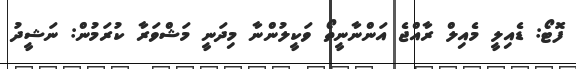
ފޮޓޯ: ޑެއިލީ މެއިލް ރާއްޖެ އަންނާނީތޯ ވަކީލުންނާ މިދަނީ މަޝްވަރާ ކުރަމުން: ނަޝީދު